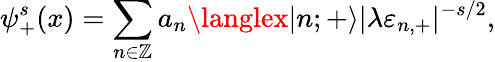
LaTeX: \psi_{+}^{s}(x)=\sum_{n\in\cal\mathbb{Z}}a_{n}\langlex|n;{+}\rangle|\lambda\varepsilon_{n,+}|^{-s/2},